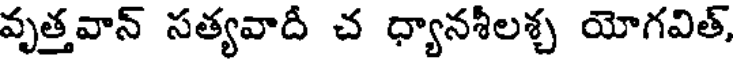
వృత్తవాన్ సత్యవాదీ చ ధ్యానశీలశ్చ యోగవిత్,